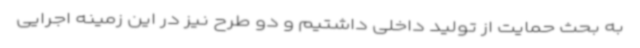
به بحث حمایت از تولید داخلی داشتیم و دو طرح نیز در این زمینه اجرایی